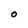
Character: O